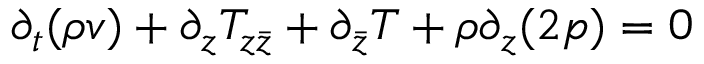
\partial _ { t } ( \rho v ) + \partial _ { z } T _ { z \bar { z } } + \partial _ { \bar { z } } T + \rho \partial _ { z } ( 2 p ) = 0